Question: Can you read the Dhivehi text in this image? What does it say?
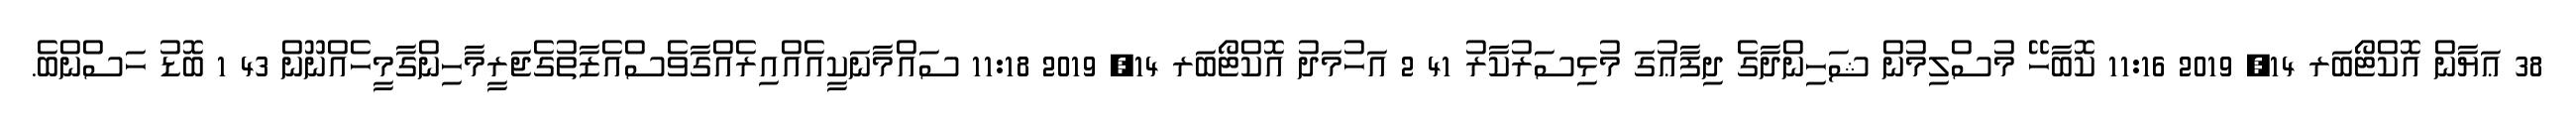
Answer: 38 ޢަޔާން އޮކްޓޯބަރ 14, 2019 11:16 ކޮބާހޭ މުސްލިމުން ޝަހިންދާގެ ދިފާޢުގަ މުޅިސަރުކާރު 41 2 އަހުމަދު އޮކްޓޯބަރ 14, 2019 11:18 ސައްމާނަކީއެއްއިރެއްގާވެސްއެޒާތުގެޖަރީމާހިންގާމީހެއްނޫން 43 1 ބޮޑު ހަސްންބެ.